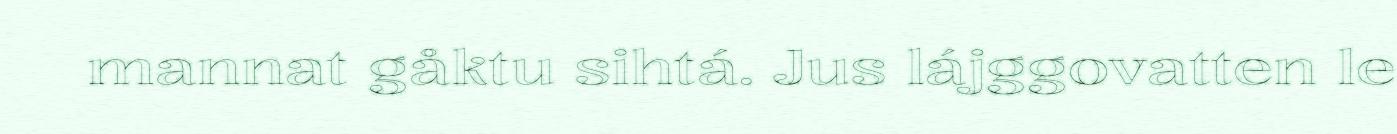
mannat gåktu sihtá. Jus lájggovatten le